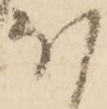
ほ